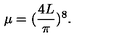
\mu = ( \frac { 4 L } { \pi } ) ^ { 8 } .